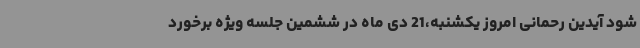
شود آیدین رحمانی امروز یکشنبه،21 دی ماه در ششمین جلسه ویژه برخورد